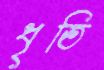
ধৃতি